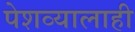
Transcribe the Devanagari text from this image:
पेशव्यालाही